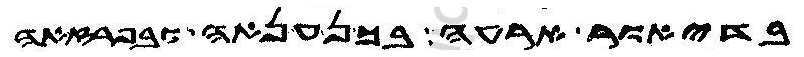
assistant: בדיאור ארעה בכנענאה ובפרזאה